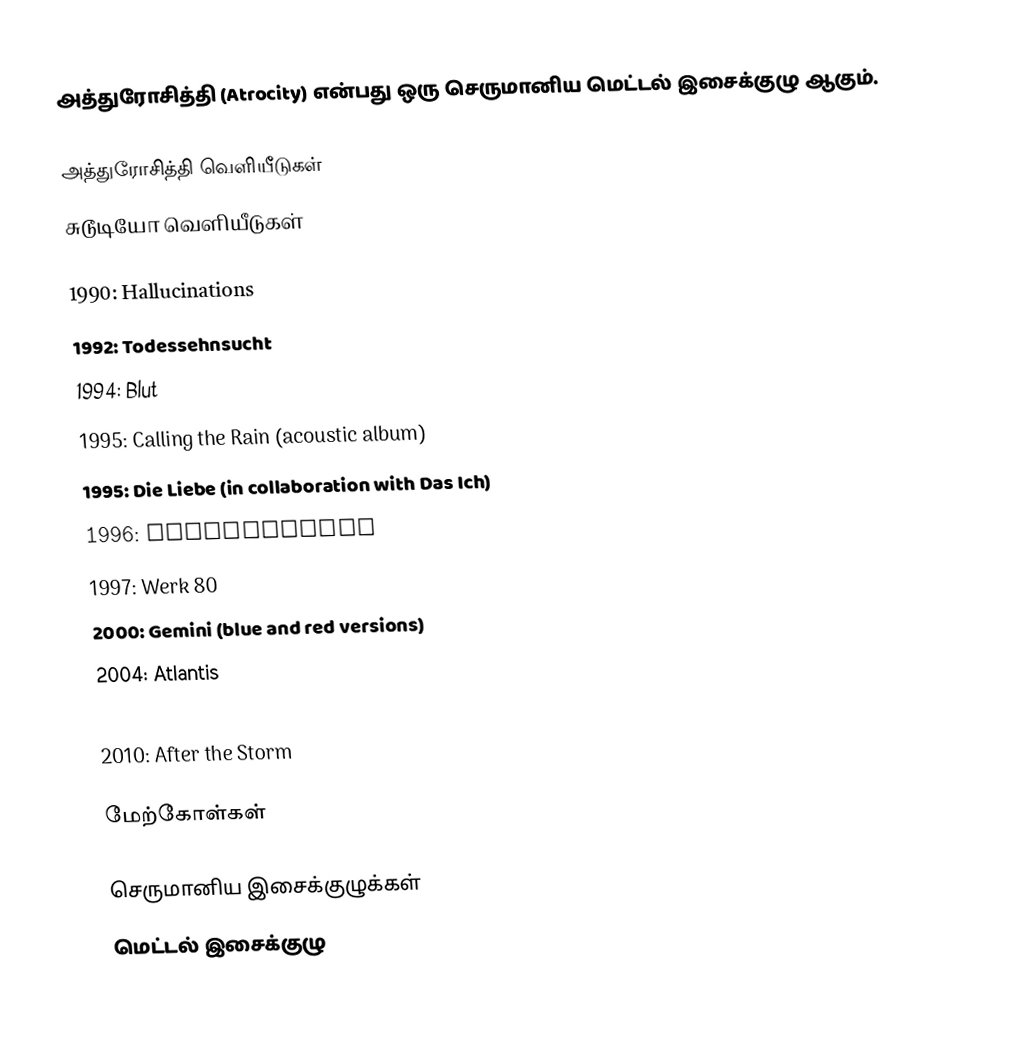
அத்துரோசித்தி (Atrocity) என்பது ஒரு செருமானிய மெட்டல் இசைக்குழு ஆகும்.

அத்துரோசித்தி வெளியீடுகள்
சுடூடியோ வெளியீடுகள்

1990: Hallucinations
1992: Todessehnsucht
1994: Blut
1995: Calling the Rain (acoustic album)
1995: Die Liebe (in collaboration with Das Ich)
1996: Willenskraft
1997: Werk 80
2000: Gemini (blue and red versions)
2004: Atlantis
2008: Werk 80 II
2010: After the Storm

மேற்கோள்கள்

செருமானிய இசைக்குழுக்கள்
மெட்டல் இசைக்குழு